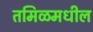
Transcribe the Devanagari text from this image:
तमिळमधील